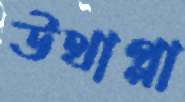
উথাপ্পা